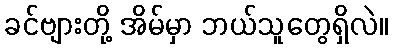
ခင်ဗျားတို့ အိမ်မှာ ဘယ်သူတွေရှိလဲ။